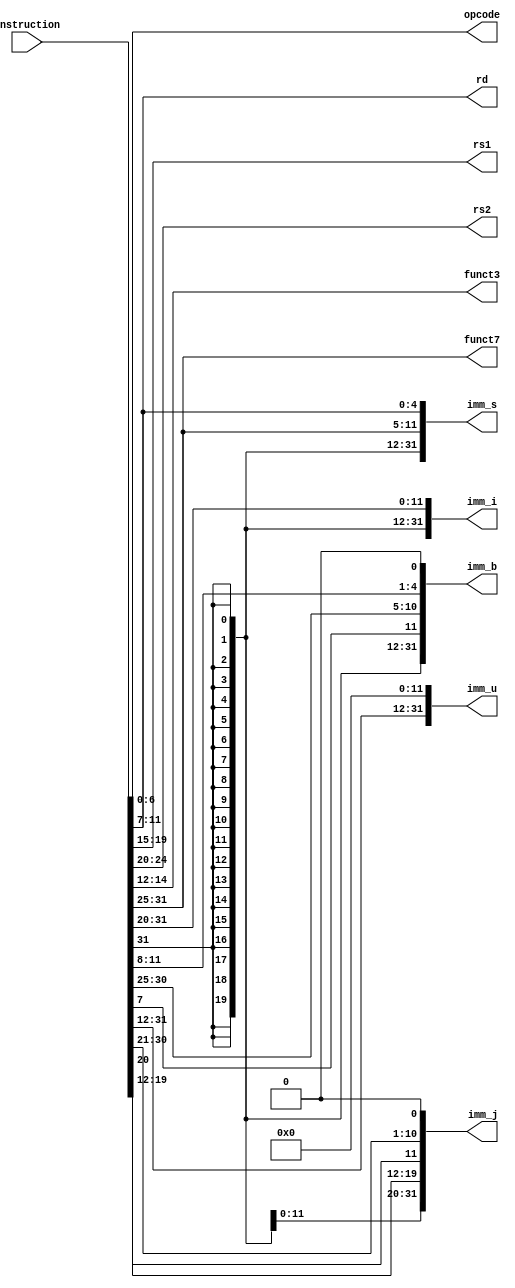
module decoder (
    input wire [31:0] instruction,
    output wire [6:0] opcode,
    output wire [4:0] rd,
    output wire [4:0] rs1,
    output wire [4:0] rs2,
    output wire [2:0] funct3,
    output wire [6:0] funct7,
    output wire [31:0] imm_i,
    output wire [31:0] imm_s,
    output wire [31:0] imm_b,
    output wire [31:0] imm_u,
    output wire [31:0] imm_j
);

assign opcode = instruction[6:0];

assign rd = instruction[11:7];
assign rs1 = instruction[19:15];
assign rs2 = instruction[24:20];

assign funct3 = instruction[14:12];
assign funct7 = instruction[31:25];

assign imm_i = {{21{instruction[31]}}, instruction[30:20]};
assign imm_s = {{21{instruction[31]}}, instruction[30:25], instruction[11:7]};
assign imm_b = {{20{instruction[31]}}, instruction[7], instruction[30:25], instruction[11:8], 1'd0};
assign imm_u = {instruction[31:12], 12'd0};
assign imm_j = {{12{instruction[31]}}, instruction[19:12], instruction[20], instruction[30:21], 1'd0};

endmodule